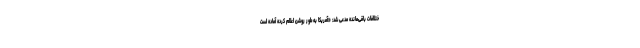
ختلافات باقی‌مانده مدعی شد: «آمریکا به‌طور روشن اعلام کرده آماده است